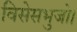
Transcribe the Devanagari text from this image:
विसेसभुजो।